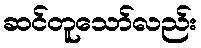
ဆင်တူသော်လည်း